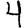
Digit: 4